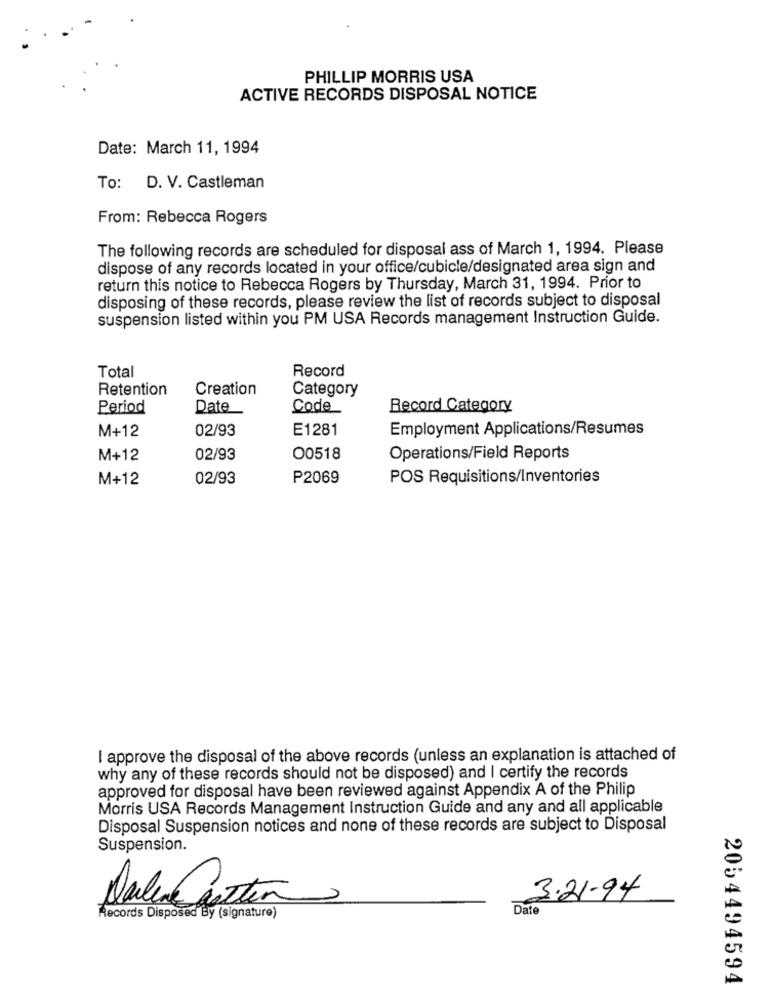
PHILLIP MORRIS USA
ACTIVE RECORDS DISPOSAL NOTICE
Date: March 11, 1994
To: D. V. Castleman
From: Rebecca Rogers
The following records are scheduled for disposal ass of March 1, 1994. Please
dispose of any records located in your office/cubicle/designated area sign and
return this notice to Rebecca Rogers by Thursday, March 31, 1994. Prior to
disposing of these records, please review the list of records subject to disposal
suspension listed within you PM USA Records management Instruction Guide.
Total
Record
Retention
Creation
Category
Period
Date
Code
Record Category
M+12
02/93
E1281
Employment Applications/Resumes
M+12
02/93
O0518
Operations/Field Reports
M+12
02/93
P2069
POS Requisitions/Inventories
I approve the disposal of the above records (unless an explanation is attached of
why any of these records should not be disposed) and I certify the records
approved for disposal have been reviewed against Appendix A of the Philip
Morris USA Records Management Instruction Guide and any and all applicable
Disposal Suspension notices and none of these records are subject to Disposal
Suspension.
3.21-94
Date
Records Disposed By (signature)
2054494594